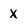
Character: X